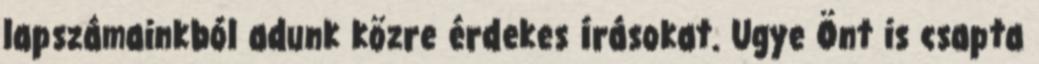
lapszámainkból adunk közre érdekes írásokat. Ugye Önt is csapta